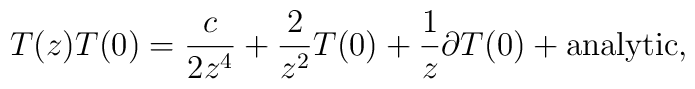
T(z) T(0) = \frac{c}{2 z^4} + \frac{2}{z^2} T(0) + \frac{1}{z}\partial T(0) + {\rm analytic},